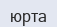
юрта